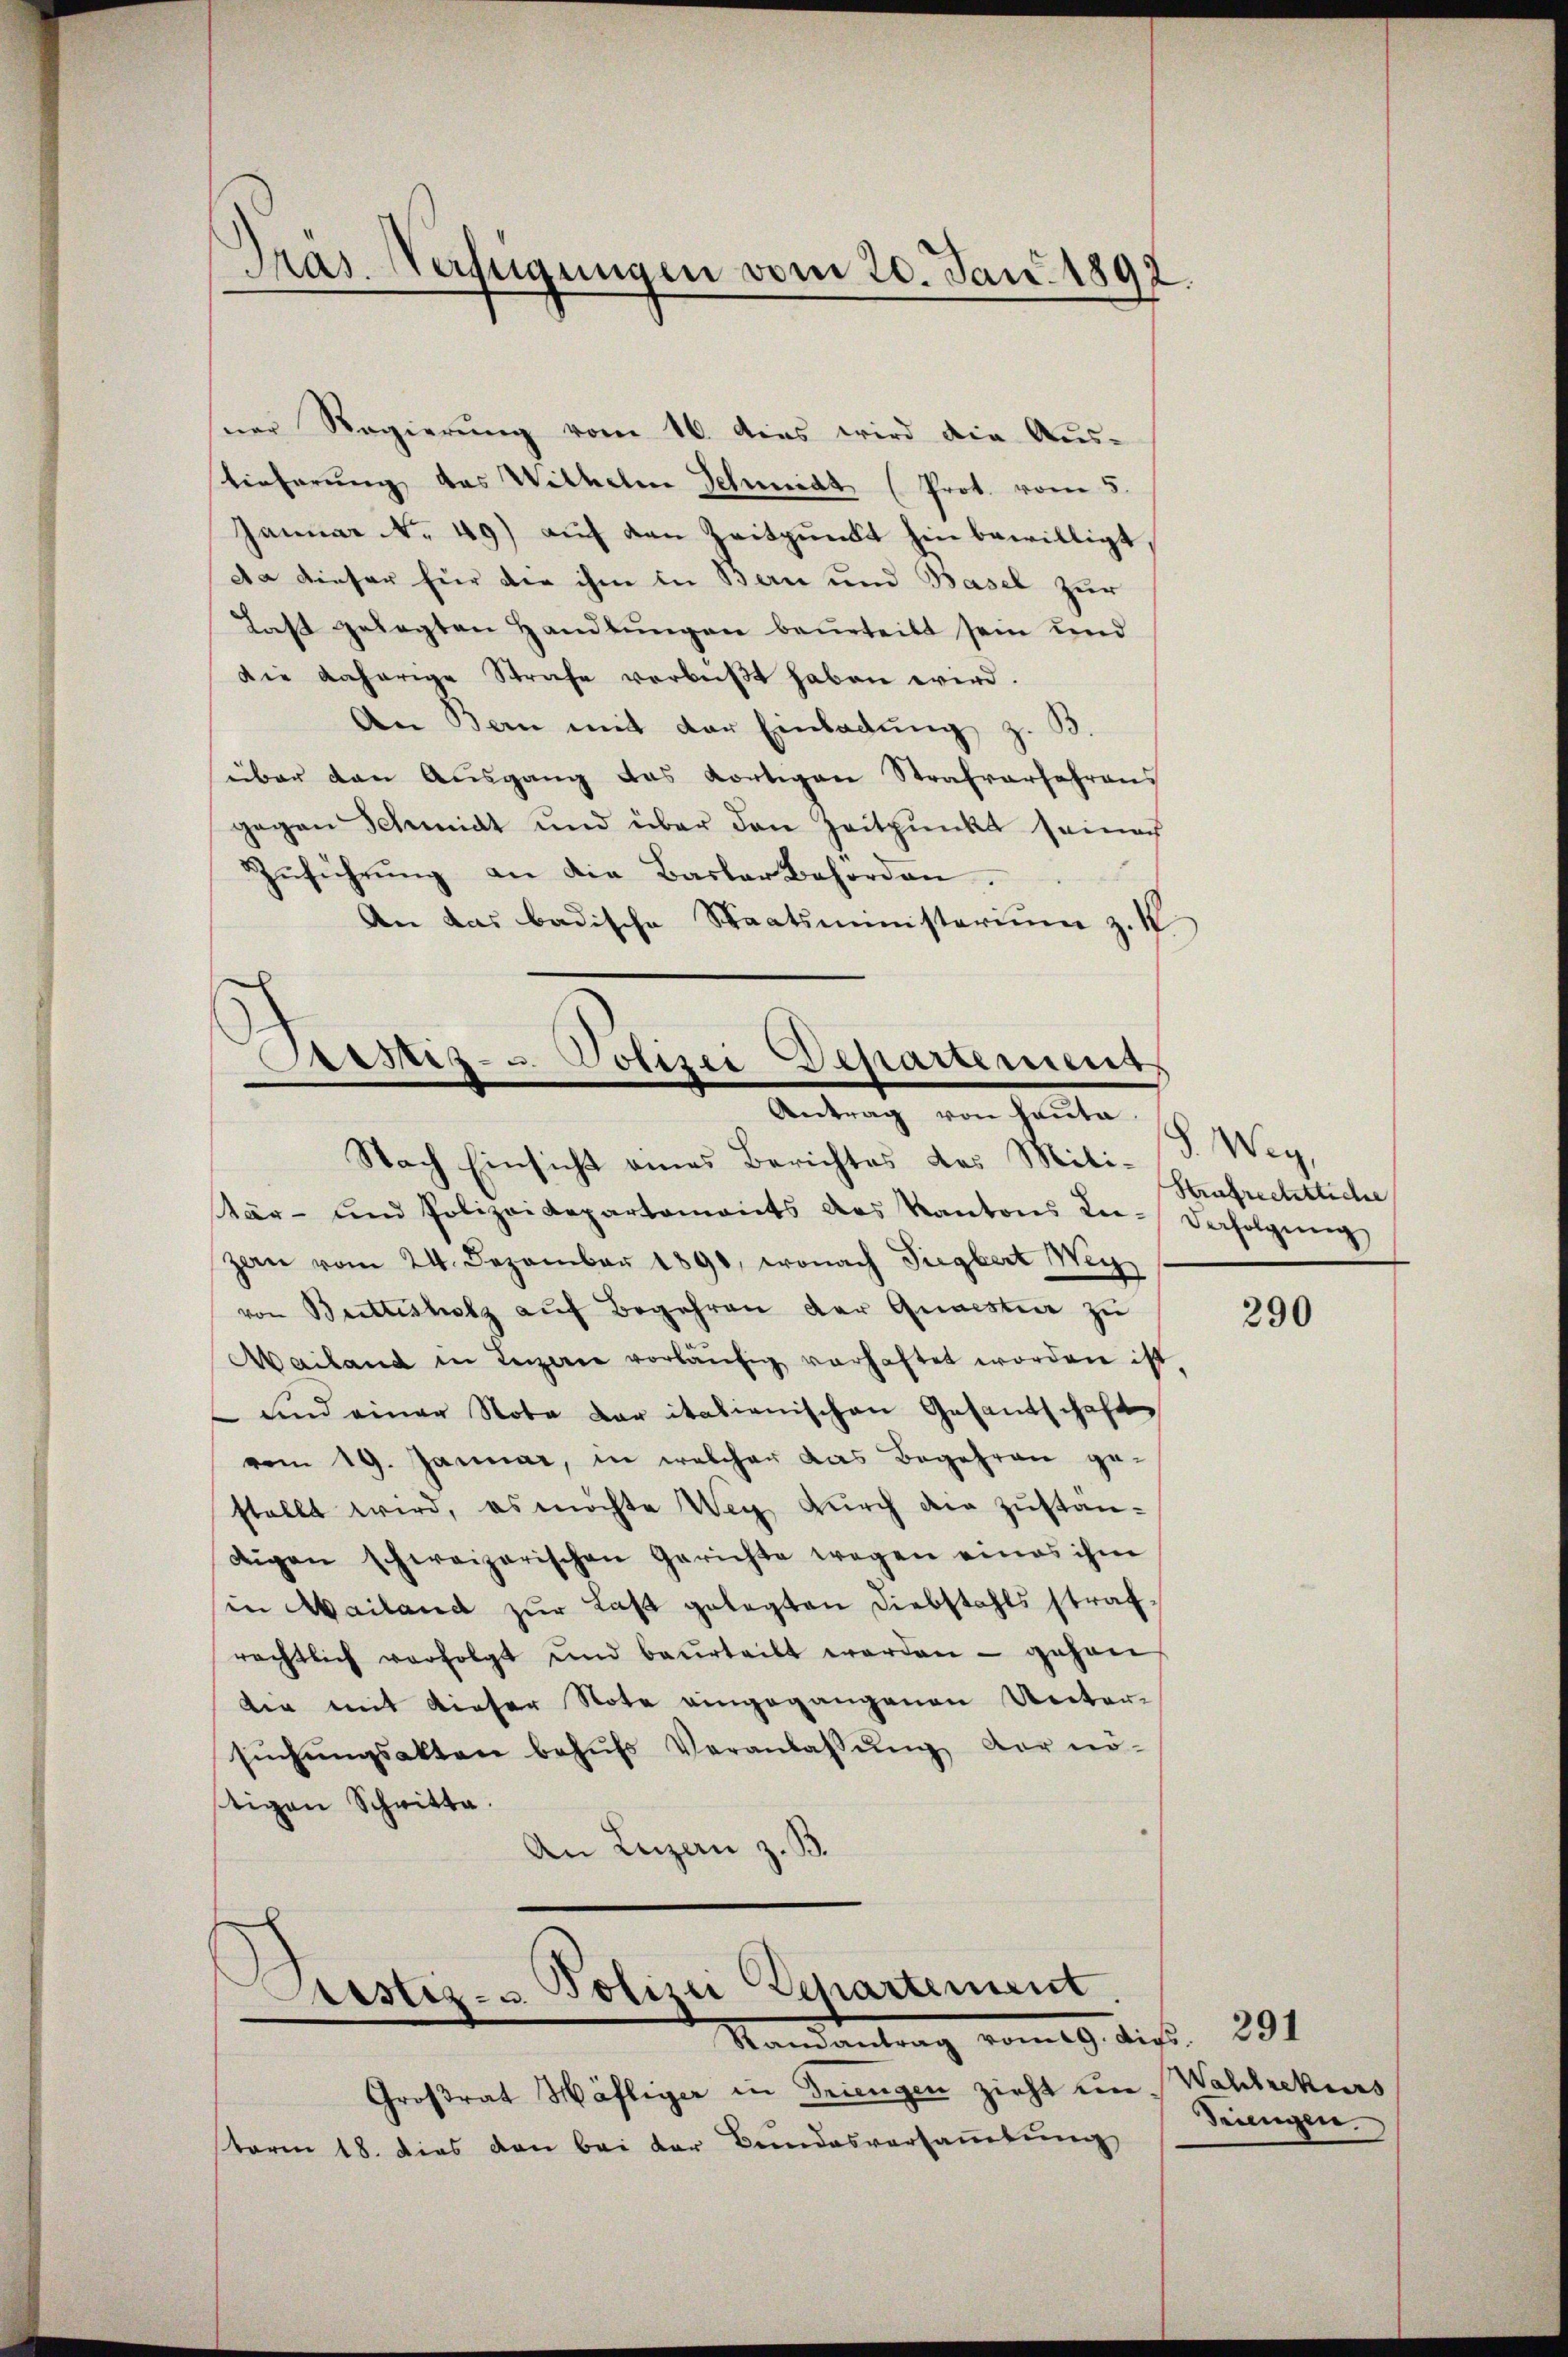
Dras-Verfügungen vom 20. Jan. 1892.

ner Regierŭng vom 16. des wird die Aŭs-
tieferung des Wilhelm Schmidt (Prot. vom 5.
Januar No. 49) auf den Zeitpunkt hin bewilligt,
Aa dieser für die ihm in Bern und Basel zur
Last gelegten Handlŭngen beurteilt sein und
Die daherige Strafe verbüßt haben wird.
An Bern mit der Einladung z. B.
über den Ausgang das Kortigen Strafverfahrens
gegen Schmidt und über den Zeitpunkt seinach
Zŭführŭng an die Basler Behörden.
An das badische Staatsministerium z. K

rstiz- u. Polizei Departement
Antrag von Hauta.

Nach Einsicht eines Berichtes des Militär- und Polizeidepartements des Kantons Lie-Verfolgŭng
zan vom 24. Dezember 1890, wonach Tiegbert Weg
von Brettesholz auf Begehren der Quaisten zu
Mailand in Luzerne vorläŭfig verhaftet worden ist
und einer Note der italienischen Gesandschaft
vom 19. Januar, in welcher das Begehren ge-
stellt wird, es möchte Weg durch die Zustandigen schweizerischen Gerichte wegen eines ihm
in Mailand zur Last gelegten Diebstahls strafrechtlich verfolgt und beurteilt worden - gehen
dir mit dieser Note eingegangenen Unter-
sŭchŭngsakten behŭfs Veranlassŭng der nö-
stigen Schritte.
An Luzern z. B.

Großrat Häfliger in Triengen zieht unsterm 18. dies von bei der Bundesversaṁlŭng

Lestiz- u. Polizei Departement
Mandantrag vom 19. bis 291

S. Weg,
Strafrechtliche

290

Wahlrekurs
Triengen.